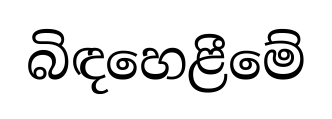
බිඳහෙළීමේ